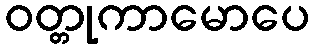
ဝတ္တုကာမောပေ